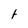
Character: t